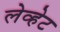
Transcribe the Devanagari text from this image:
लेव्हेट